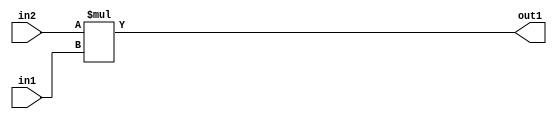
`timescale 1ps / 1ps
/*****************************************************************************
    Verilog RTL Description
    
    
    Created by: Stratus DpOpt 2019.1.01 
*******************************************************************************/

module DC_Filter_Mul_8Ux4U_12U_4 (
	in2,
	in1,
	out1
	); /* architecture "behavioural" */ 
input [7:0] in2;
input [3:0] in1;
output [11:0] out1;
wire [11:0] asc001;

assign asc001 = 
	+(in2 * in1);

assign out1 = asc001;
endmodule

/* CADENCE  ubD2Tw0= : u9/ySgnWtBlWxVPRXgAZ4Og= ** DO NOT EDIT THIS LINE ******/